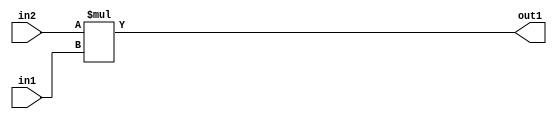
`timescale 1ps / 1ps
/*****************************************************************************
    Verilog RTL Description
    
    
    Created by: Stratus DpOpt 2019.1.01 
*******************************************************************************/

module DC_Filter_Mul_8Ux4U_12U_4 (
	in2,
	in1,
	out1
	); /* architecture "behavioural" */ 
input [7:0] in2;
input [3:0] in1;
output [11:0] out1;
wire [11:0] asc001;

assign asc001 = 
	+(in2 * in1);

assign out1 = asc001;
endmodule

/* CADENCE  ubD2Tw0= : u9/ySgnWtBlWxVPRXgAZ4Og= ** DO NOT EDIT THIS LINE ******/